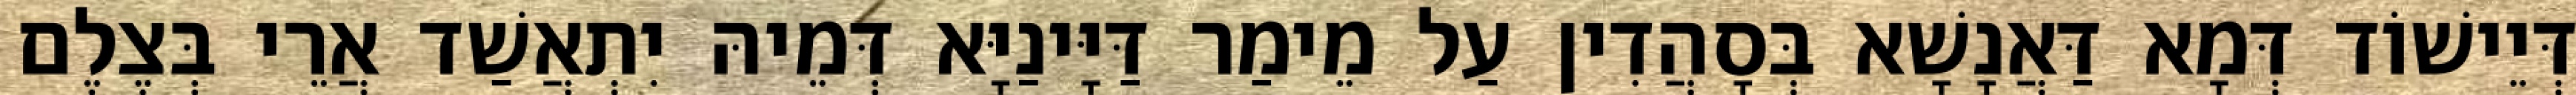
דְּיֵישׁוֹד דְּמָא דַּאֲנָשָׁא בְּסָהֲדִין עַל מֵימַר דַּיָּינַיָּא דְּמֵיהּ יִתְאֲשַׁד אֲרֵי בְּצֶלֶם